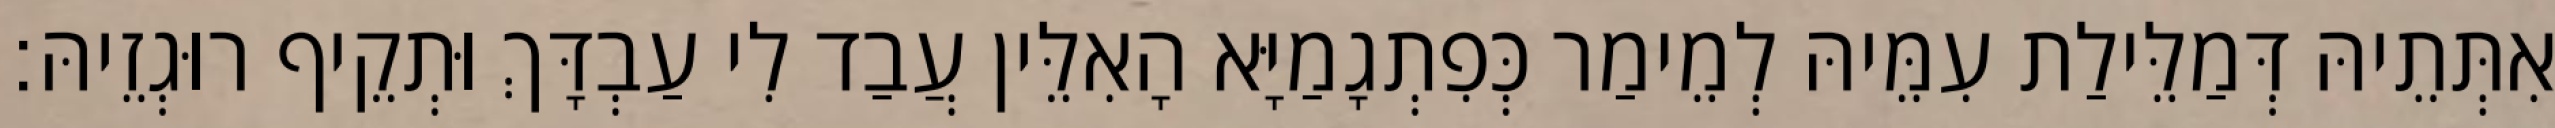
אִתְּתֵיהּ דְּמַלֵּילַת עִמֵּיהּ לְמֵימַר כְּפִתְגָמַיָּא הָאִלֵּין עֲבַד לִי עַבְדָּךְ וּתְקֵיף רוּגְזֵיהּ׃